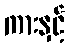
ကားနှင့်